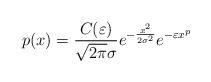
LaTeX: \begin{align*}p(x)=\frac{C(\varepsilon)}{\sqrt{2 \pi}\sigma}e^{-\frac{x^{2}}{2 \sigma^{2}}}e^{-\varepsilon x^{p}}\end{align*}